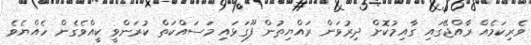
ވެރިކަމެއް ރާއްޖޭގައި ގާއިމުކޮށް ދިރުވަން ރައްޔިތުން ފޫގަޅައި މަސައްކަތް ކުރަންވީ ކީއްވެގެން ހެއްޔެވެ